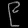
Digit: ၉